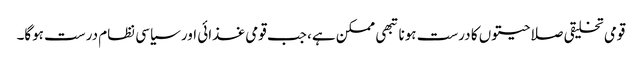
قومی تخلیقی صلاحیتوں کا درست ہونا تبھی ممکن ہے، جب قومی غذائی اور سیاسی نظام درست ہوگا۔